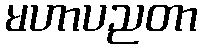
မဟာပညတာ